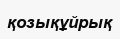
қозықұйрық